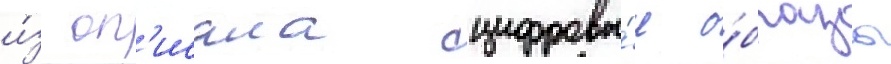
и́з оп'исала цифровы́е о́бразы